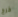
خرج